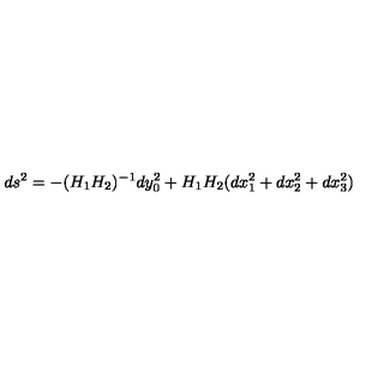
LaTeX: d s ^ { 2 } = - ( H _ { 1 } H _ { 2 } ) ^ { - 1 } d y _ { 0 } ^ { 2 } + H _ { 1 } H _ { 2 } ( d x _ { 1 } ^ { 2 } + d x _ { 2 } ^ { 2 } + d x _ { 3 } ^ { 2 } )